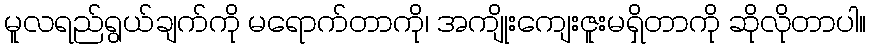
မူလရည်ရွယ်ချက်ကို မရောက်တာကို၊ အကျိုးကျေးဇူးမရှိတာကို ဆိုလိုတာပါ။